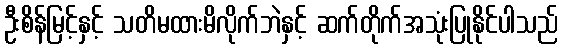
ဦးစိန်မြင့်နှင့် သတိမထားမိလိုက်ဘဲနှင့် ဆက်တိုက်အသုံးပြုနိုင်ပါသည်